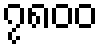
၇၈၀၀